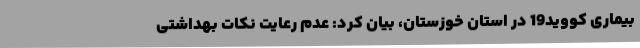
بیماری کووید19 در استان خوزستان، بیان کرد: عدم رعایت نکات بهداشتی